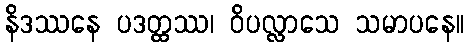
နိဒဿနေ ပဒတ္ထဿ၊ ဝိပလ္လာသေ သမာပနေ။